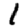
Digit: 1